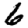
Digit: 6